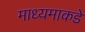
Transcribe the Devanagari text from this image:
माध्यमाकडे